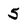
Character: 5